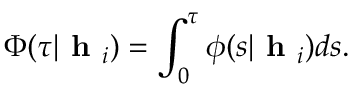
\Phi ( \tau | \textbf { h } _ { i } ) = \int _ { 0 } ^ { \tau } \phi ( s | \textbf { h } _ { i } ) d s .